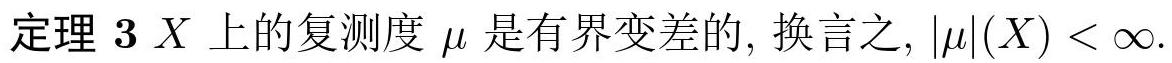
定理 3 \(X\) 上的复测度 \(\mu\) 是有界变差的, 换言之, \(|\mu|(X) < \infty\).